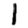
Digit: 1